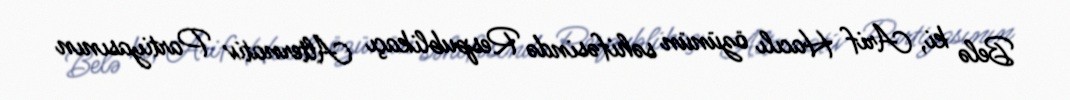
Belə ki, Arif Hacılı özünün səhifəsində Respublikaçı Alternativ Partiyasının